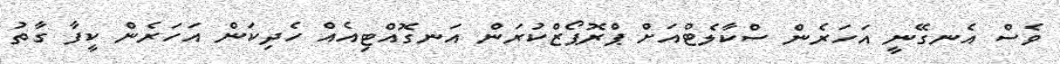
ވެސް އެނގޭނީ އަހަރެން ސްކާލެޓްއަށް ޕްރޮޕޯޒްކުރަން އަނގޮއްޓިއެއް ހެދިކަން އަހަރެން ކީފާ ގާތު